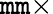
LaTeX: \mathtt{m}\mathtt{m}\times